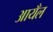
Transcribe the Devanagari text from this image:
आयँल